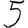
Digit: 5